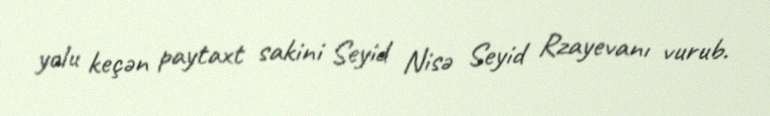
yolu keçən paytaxt sakini Seyid Nisə Seyid Rzayevanı vurub.